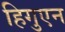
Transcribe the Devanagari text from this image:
हिगुएन